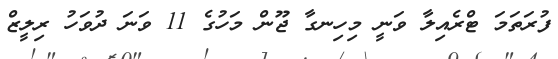
ފުރަތަމަ ޓްރެއިލާ ވަނީ މިހިނގާ ޖޫން މަހުގެ 11 ވަނަ ދުވަހު ރިލީޒް